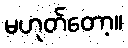
မဟုတ်တော့။